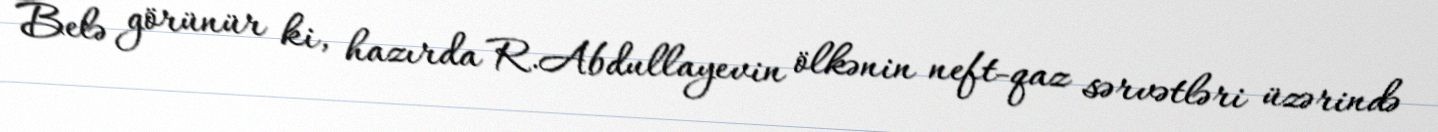
Belə görünür ki, hazırda R.Abdullayevin ölkənin neft-qaz sərvətləri üzərində